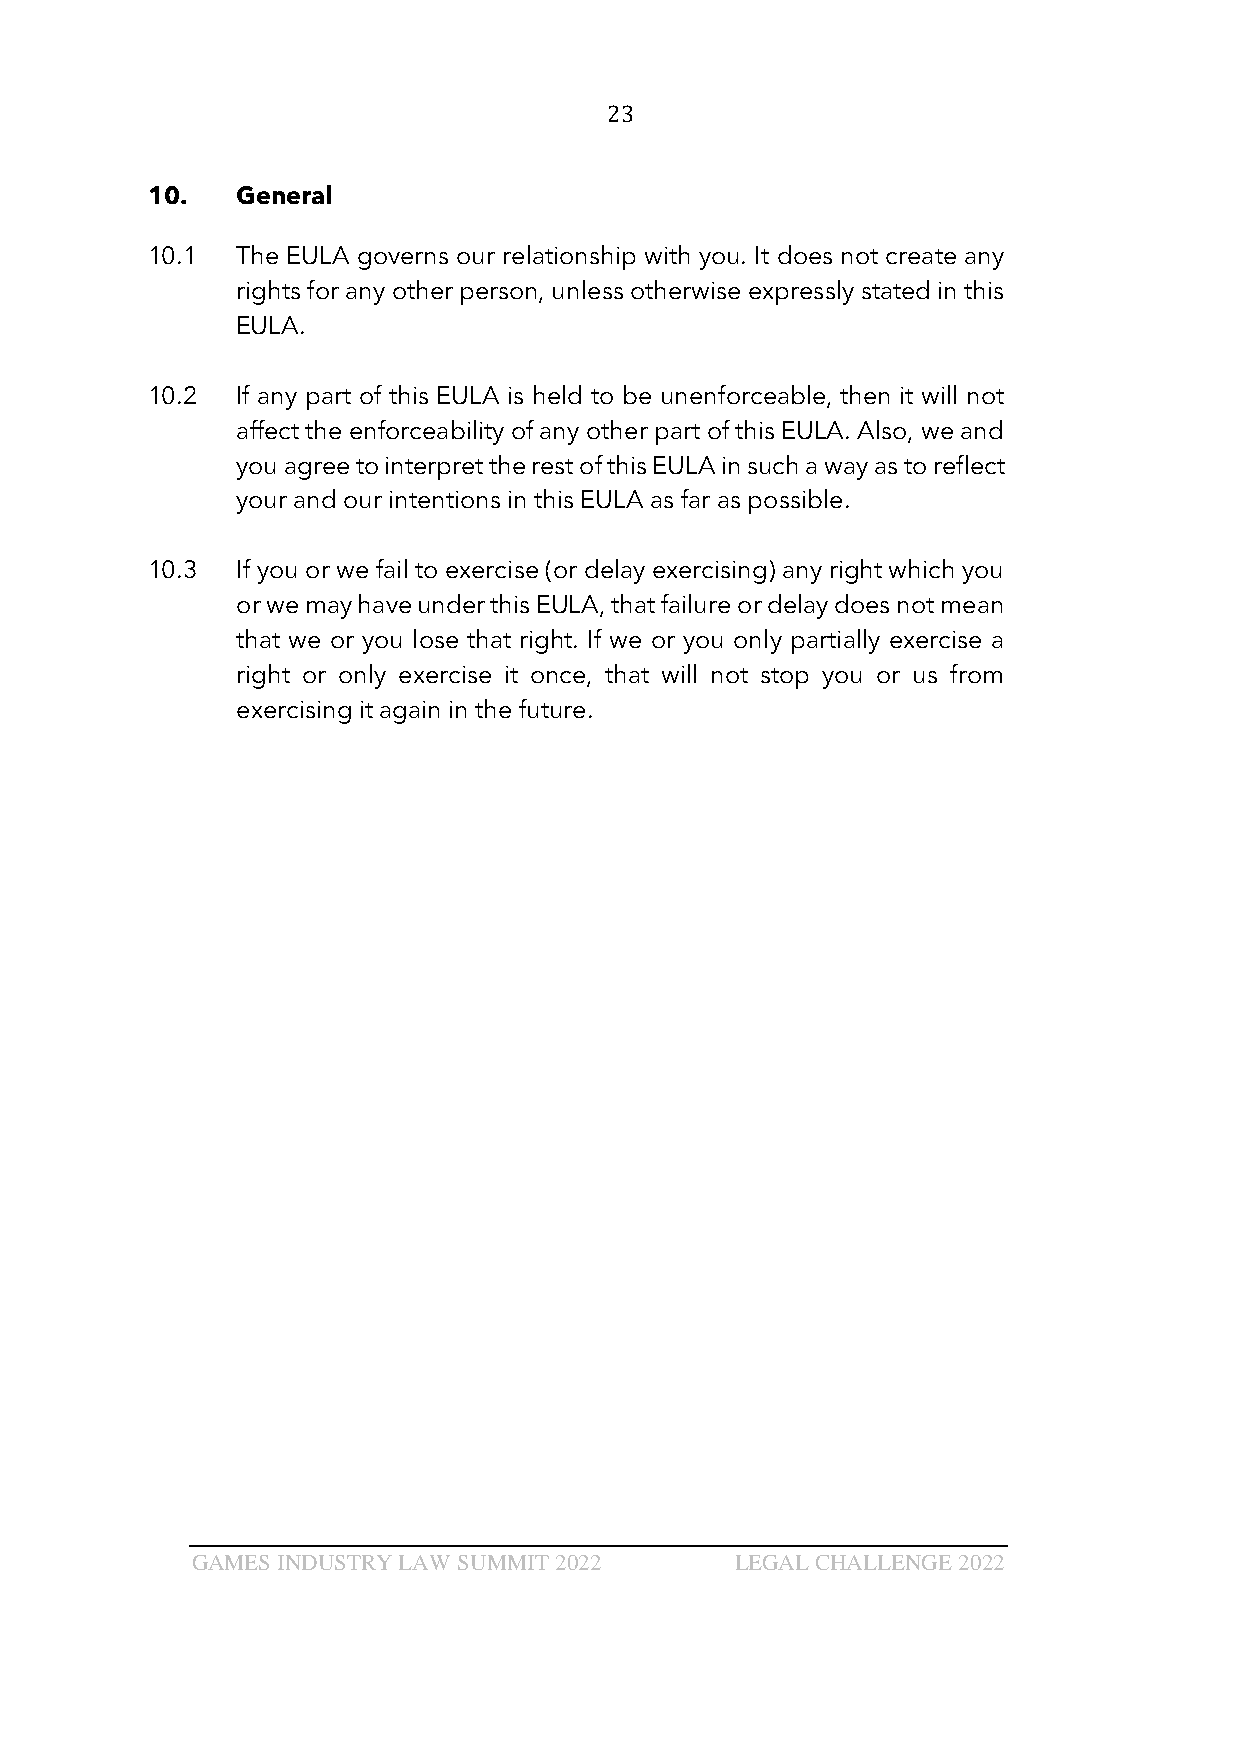
23
 10.   General
 10.1  The EULA governs our relationship with you. It does not create any
 rights for any other person, unless otherwise expressly stated in this
 EULA.
 10.2  If any part of this EULA is held to be unenforceable, then it will not
 affect the enforceability of any other part of this EULA. Also, we and
 you agree to interpret the rest of this EULA in such a way as to reflect
 your and our intentions in this EULA as far as possible.
 10.3  If you or we fail to exercise (or delay exercising) any right which you
 or we may have under this EULA, that failure or delay does not mean
 that we or you lose that right. If we or you only partially exercise a
 right or only exercise it once, that will not stop you or us from
 exercising it again in the future.
 GAMES INDUSTRY LAW SUMMIT 2022      LEGAL CHALLENGE 2022